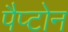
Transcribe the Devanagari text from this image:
पैप्टोन